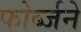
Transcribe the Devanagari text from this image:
फोर्ब्जने